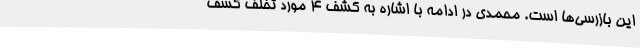
این بازرسی‌ها است. محمدی در ادامه با اشاره به کشف 4 مورد تخلف کشف